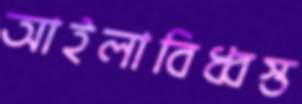
আইলাবিধ্বস্ত